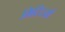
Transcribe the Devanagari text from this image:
मिटिटयों